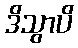
ဒိသွာပိ